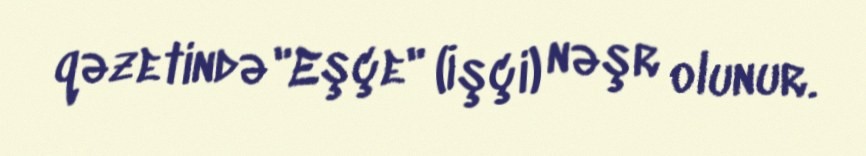
qəzetində "Eşçe" (İşçi) nəşr olunur.